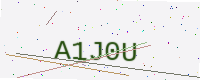
Text: A1J0U